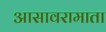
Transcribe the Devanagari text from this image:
आसावरामाता